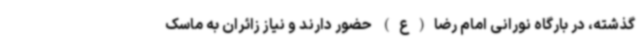
گذشته، در بارگاه نورانی امام رضا(ع) حضور دارند و نیاز زائران به ماسک